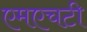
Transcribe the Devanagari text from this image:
एमएचटी